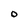
Character: 0